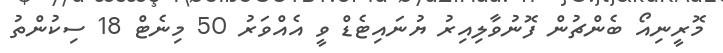
މޮރީނިއޯ ބެންޗުން ފޮނުވާލިއިރު ޔުނައިޓެޑް ވީ އެއްވަރު 50 މިނެޓް 18 ސިކުންތު